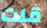
قلت